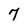
Character: 7